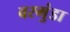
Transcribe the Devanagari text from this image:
वरमुंडा